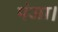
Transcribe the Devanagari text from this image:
पंजा।